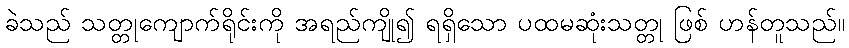
ခဲသည် သတ္တုကျောက်ရိုင်းကို အရည်ကျို၍ ရရှိသော ပထမဆုံးသတ္တု ဖြစ် ဟန်တူသည်။